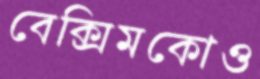
বেক্সিমকোও